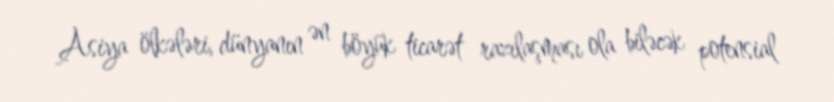
Asiya ölkələri, dünyanın ən böyük ticarət razılaşması ola biləcək potensial